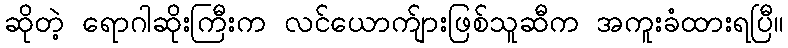
ဆိုတဲ့ ရောဂါဆိုးကြီးက လင်ယောက်ျားဖြစ်သူဆီက အကူးခံထားရပြီ။